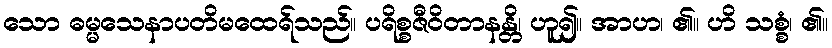
သော ဓမ္မသေနာပတိမထေရ်သည်။ ပရိစ္စဇီဝိတာနန္တိ၊ ဟူ၍။ အာဟ၊ ၏။ ဟိ သစ္စံ၊ ၏။